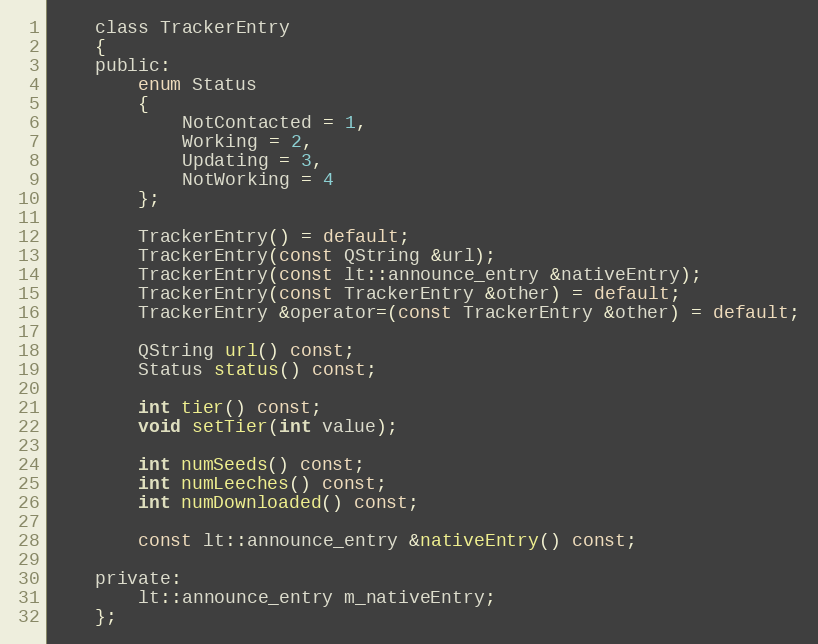
Language: C
    class TrackerEntry
    {
    public:
        enum Status
        {
            NotContacted = 1,
            Working = 2,
            Updating = 3,
            NotWorking = 4
        };

        TrackerEntry() = default;
        TrackerEntry(const QString &url);
        TrackerEntry(const lt::announce_entry &nativeEntry);
        TrackerEntry(const TrackerEntry &other) = default;
        TrackerEntry &operator=(const TrackerEntry &other) = default;

        QString url() const;
        Status status() const;

        int tier() const;
        void setTier(int value);

        int numSeeds() const;
        int numLeeches() const;
        int numDownloaded() const;

        const lt::announce_entry &nativeEntry() const;

    private:
        lt::announce_entry m_nativeEntry;
    };